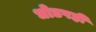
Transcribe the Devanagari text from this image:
धोडपही